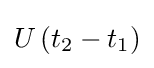
U\left(t_{2}-t_{1}\right)